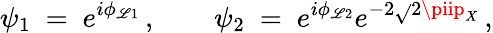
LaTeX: \psi_{1}\ =\ e^{i\phi_{\mathscr{L}1}}\, ,\qquad\psi_{2}\ =\ e^{i\phi_{\mathscr{L}2}}e^{-2\sqrt{}{{2}}\piip_{X}}\, ,